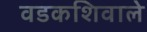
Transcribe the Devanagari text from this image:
वडकशिवाले